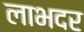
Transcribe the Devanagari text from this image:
लाभदर